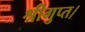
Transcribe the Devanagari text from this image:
श्रीगुप्त।